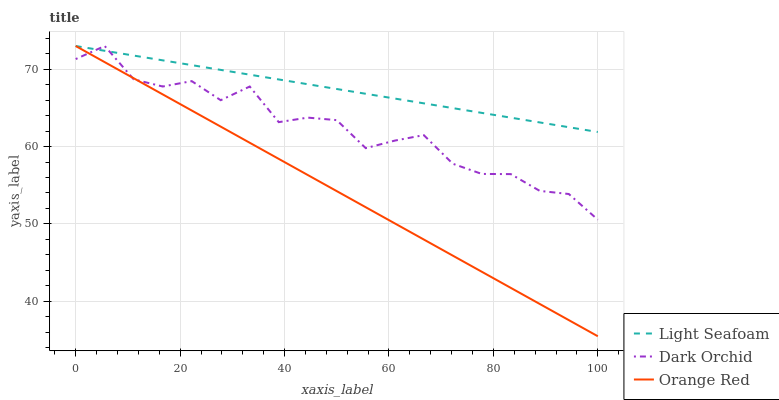
| xaxis_label | Light Seafoam | Dark Orchid | Orange Red |
 | --- | --- | --- | --- |
 | 0 | 73 | 71.3 | 73 |
 | 5.56 | 72.4 | 73 | 70.9 |
 | 11.1 | 71.8 | 68.7 | 68.8 |
 | 16.7 | 71.1 | 67.8 | 66.7 |
 | 22.2 | 70.5 | 68.5 | 64.7 |
 | 27.8 | 69.9 | 66 | 62.6 |
 | 33.3 | 69.3 | 67.8 | 60.5 |
 | 38.9 | 68.7 | 63.2 | 58.4 |
 | 44.4 | 68.1 | 63.7 | 56.3 |
 | 50 | 67.4 | 63.4 | 54.2 |
 | 55.6 | 66.8 | 59.8 | 52.2 |
 | 61.1 | 66.2 | 60.8 | 50.1 |
 | 66.7 | 65.6 | 61.5 | 48 |
 | 72.2 | 65 | 57.8 | 45.9 |
 | 77.8 | 64.4 | 56.5 | 43.8 |
 | 83.3 | 63.7 | 56.4 | 41.7 |
 | 88.9 | 63.1 | 54.3 | 39.6 |
 | 94.4 | 62.5 | 53.9 | 37.6 |
 | 100 | 61.9 | 50.5 | 35.5 |